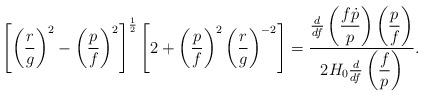
LaTeX: \begin{align*}\left[ \left( \frac{r}{g}\right) ^{2}-\left( \frac{p}{f}\right) ^{2}\right]^{\frac{1}{2}}\left[ 2+\left( \frac{p}{f}\right) ^{2}\left( \frac{r}{g}\right) ^{-2}\right] =\frac{\frac{d}{df}\left( \dfrac{f\dot{p}}{p}\right)\left( \dfrac{p}{f}\right) }{2H_{0}\frac{d}{df}\left( \dfrac{f}{p}\right) }.\end{align*}